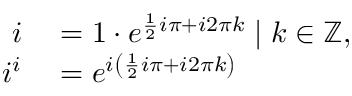
\begin{array} { r l } { i } & { { } = 1 \cdot e ^ { { \frac { 1 } { 2 } } i \pi + i 2 \pi k } \mid k \in \mathbb { Z } , } \\ { i ^ { i } } & { { } = e ^ { i \left( { \frac { 1 } { 2 } } i \pi + i 2 \pi k \right) } } \end{array}